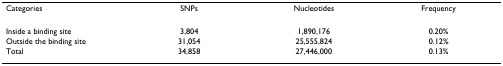
| Categories | SNPs | Nucleotides | Frequency |
 | --- | --- | --- | --- |
 | Inside a binding site | 3,804 | 1,890,176 | 0.20% |
 | Outside the binding site | 31,054 | 25,555,824 | 0.12% |
 | Total | 34,858 | 27,446,000 | 0.13% |